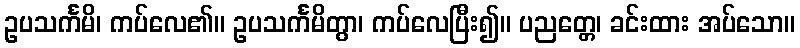
ဥပသင်္ကမိ၊ ကပ်လေ၏။ ဥပသင်္ကမိတွာ၊ ကပ်လေပြီး၍။ ပညတ္တေ၊ ခင်းထား အပ်သော။